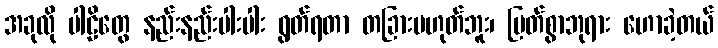
အခုလို ပါဠိတွေ နည်းနည်းပါးပါး ရွတ်ရတာ တခြားမဟုတ်ဘူး၊ မြတ်စွာဘုရား ဟောခဲ့တယ်